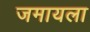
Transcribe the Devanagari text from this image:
जमायला